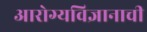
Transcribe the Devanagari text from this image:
आरोग्यविज्ञानाची